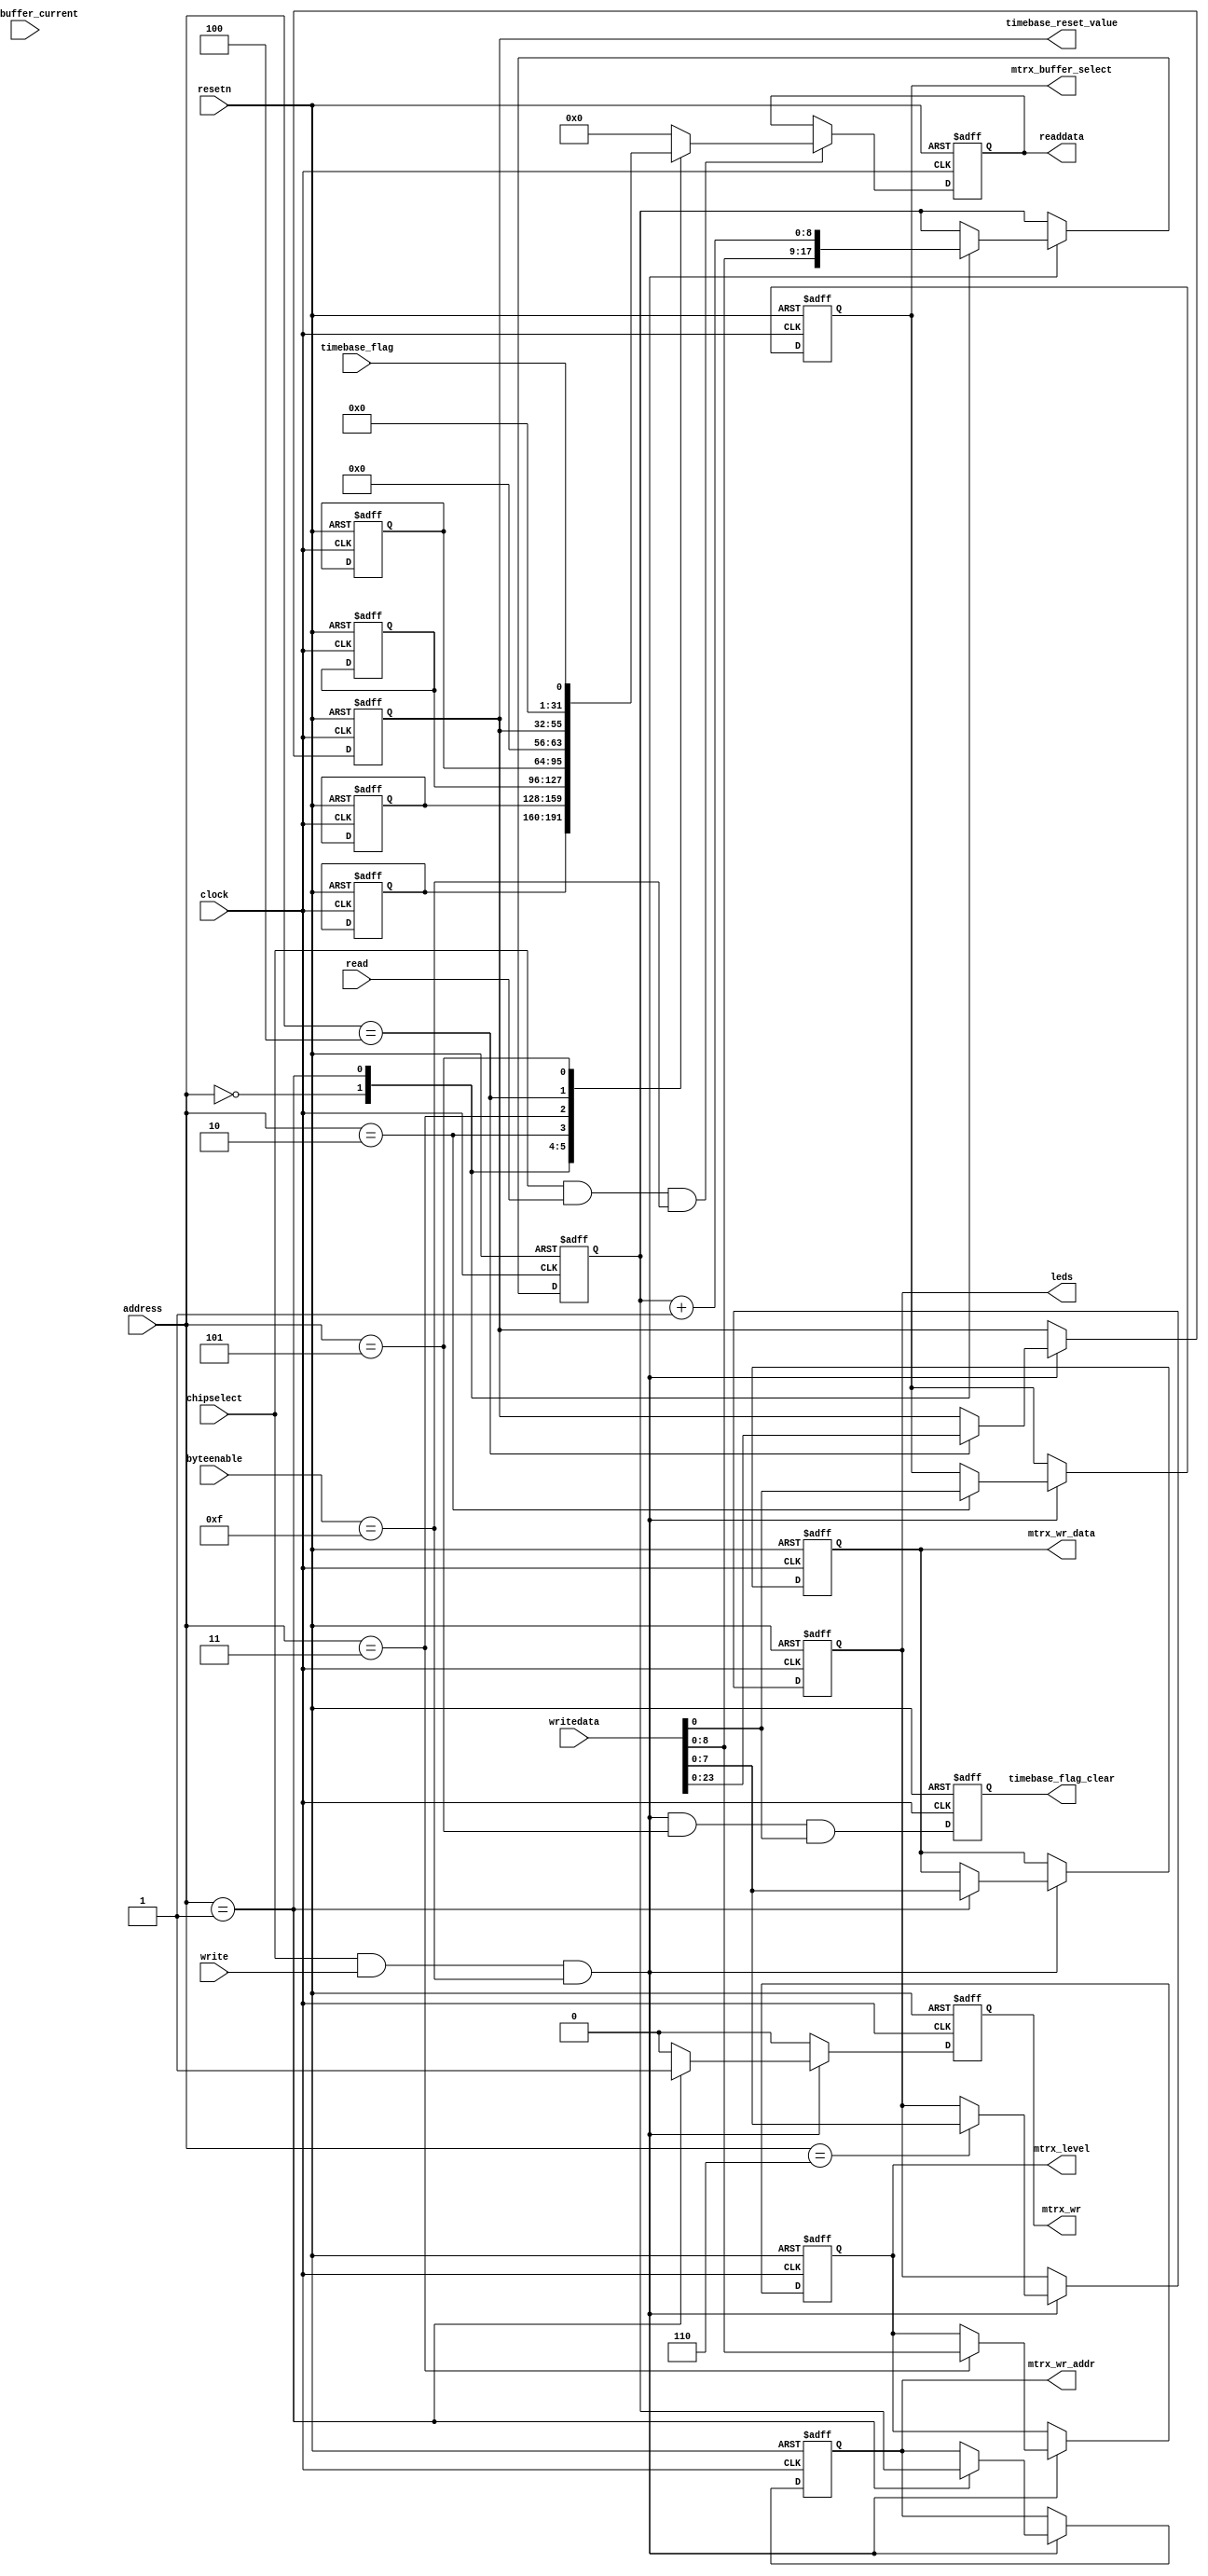
module avalon_rgb_led_bargraph_slave
(
	// clocks and resets
	input		wire				clock,
	input		wire				resetn,
	
	// avalon bus
	input		wire				read,
	input		wire				write,
	input		wire				chipselect,
	input		wire	 [3:0]	address,
	input		wire	 [3:0]	byteenable,
	input		wire	[31:0]	writedata,
	output	reg   [31:0]	readdata,

	output   reg	         mtrx_wr,
	output   reg	 [8:0]	mtrx_wr_addr,
	output   reg	 [7:0]   mtrx_wr_data,
	output   reg            mtrx_buffer_select,
	input		wire           mtrx_buffer_current,
	output   reg	 [8:0]   mtrx_level,

	output	reg   [23:0]	timebase_reset_value,
	input   	wire           timebase_flag,
	output  	reg            timebase_flag_clear,
	
	output	reg	 [7:0]	leds
);

reg [31:0] slv_reg0;
reg [31:0] slv_reg1;
reg [31:0] slv_reg2;
reg [31:0] slv_reg3;
reg  [8:0] mtrx_addr;

always @ (posedge clock or negedge resetn)
begin
	if (!resetn)
	begin
		readdata <= 0;
		mtrx_addr <= 0;
		mtrx_wr <= 0;
		mtrx_wr_addr <= 0;
		mtrx_wr_data <= 0;
		mtrx_buffer_select <= 0;
		mtrx_level <= 9'h100;
		timebase_reset_value <= 1_666_666;
		timebase_flag_clear <= 0;
		slv_reg0 <= 32'hdeadbeef;
		slv_reg1 <= 32'hbeefcafe;
		slv_reg2 <= 32'habad1dea;
		slv_reg3 <= 32'hbad1dea5;
		mtrx_addr <= 0;
		leds <= 8'haa;
	end
	else
 	begin
	   mtrx_wr <= 0;

		timebase_flag_clear <= (chipselect && write && (byteenable == 4'b1111)) && (address == 4'h05) && writedata[0];

		if (chipselect && write && (byteenable == 4'b1111))
		begin
			case (address)
				4'h0: mtrx_addr <= writedata[8:0];
				4'h1: begin
					mtrx_addr <= mtrx_addr + 1;
					mtrx_wr <= 1;
					mtrx_wr_addr <= mtrx_addr;
					mtrx_wr_data <= writedata[7:0];
				end
				4'h2: mtrx_buffer_select <= writedata[0];
				4'h3: mtrx_level <= writedata[8:0];
				4'h4: timebase_reset_value <= writedata[23:0];
				4'h6: leds <= writedata[7:0];
			endcase
		end
		
		if (chipselect && read && (byteenable == 4'b1111))
		begin
			case (address)
	        4'h0   : readdata <= slv_reg0;
	        4'h1   : readdata <= slv_reg1;
	        4'h2   : readdata <= slv_reg2;
	        4'h3   : readdata <= slv_reg3;
	        4'h4   : readdata <= { 8'b0, timebase_reset_value };
	        4'h5   : readdata <= { 31'b0, timebase_flag };
			  default: readdata <= 0;
			endcase
		end
		
	end
end
	
endmodule